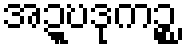
အဍ္ဎဒုကဉ္စ